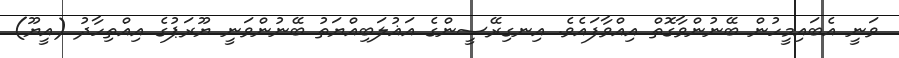
ވަނީ އެބައިމީހުން ބޭނުންވާގޮތް އިއްވާފައެވެ. އިނގިރޭސީންގެ އަޣުލަބިއްޔަތު ބޭނުންވަނީ ޔޫރަޕުގެ އިއްތިހާދު (އީޔޫ)